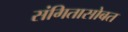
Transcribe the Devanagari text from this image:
संगितासोबत